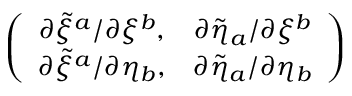
\left( \begin{array} { c c } { { \partial \tilde { \xi } ^ { a } / \partial \xi ^ { b } , } } & { { \partial \tilde { \eta } _ { a } / \partial \xi ^ { b } } } \\ { { \partial \tilde { \xi } ^ { a } / \partial \eta _ { b } , } } & { { \partial \tilde { \eta } _ { a } / \partial \eta _ { b } } } \end{array} \right)